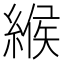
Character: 緱